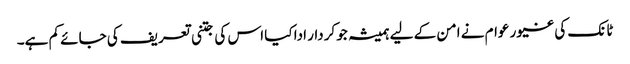
ٹانک کی غیور عوام نے امن کے لیے ہمیشہ جو کردار ادا کیا اس کی جتنی تعریف کی جائے کم ہے۔